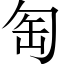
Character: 匋